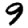
Digit: 9